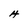
Character: H